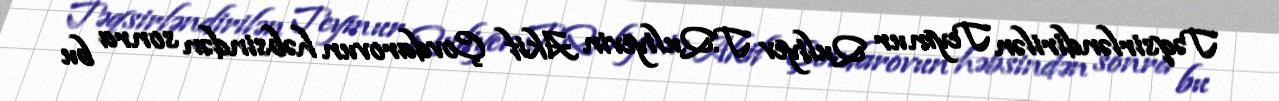
Təqsirləndirilən Teymur Quliyev T.Quliyevin Akif Çovdarovun həbsindən sonra bu